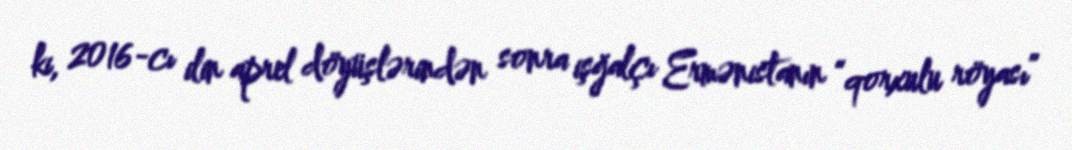
ki, 2016-cı ilin aprel döyüşlərindən sonra işğalçı Ermənistanın “qorxulu röyası”